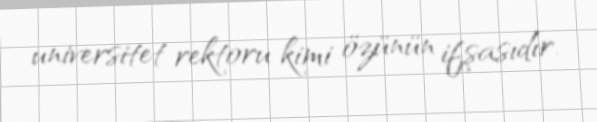
universitet rektoru kimi özünün ifşasıdır.